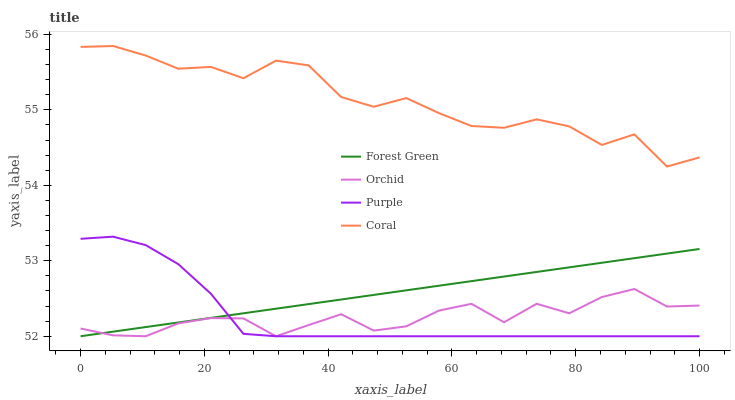
| xaxis_label | Forest Green | Orchid | Purple | Coral |
 | --- | --- | --- | --- | --- |
 | 0 | 52 | 52.1 | 53.3 | 55.8 |
 | 5.26 | 52.1 | 52 | 53.3 | 55.8 |
 | 10.5 | 52.1 | 52 | 53.2 | 55.7 |
 | 15.8 | 52.2 | 52.2 | 53 | 55.5 |
 | 21.1 | 52.2 | 52.2 | 52.6 | 55.6 |
 | 26.3 | 52.3 | 52.2 | 52 | 55.4 |
 | 31.6 | 52.4 | 52 | 52 | 55.7 |
 | 36.8 | 52.4 | 52.1 | 52 | 55.6 |
 | 42.1 | 52.5 | 52.3 | 52 | 55.2 |
 | 47.4 | 52.5 | 52.1 | 52 | 55 |
 | 52.6 | 52.6 | 52.1 | 52 | 55.2 |
 | 57.9 | 52.7 | 52.3 | 52 | 55 |
 | 63.2 | 52.7 | 52.4 | 52 | 54.8 |
 | 68.4 | 52.8 | 52.2 | 52 | 54.8 |
 | 73.7 | 52.9 | 52.4 | 52 | 54.9 |
 | 78.9 | 52.9 | 52.3 | 52 | 54.8 |
 | 84.2 | 53 | 52.5 | 52 | 54.5 |
 | 89.5 | 53 | 52.6 | 52 | 54.7 |
 | 94.7 | 53.1 | 52.4 | 52 | 54.2 |
 | 100 | 53.2 | 52.4 | 52 | 54.4 |